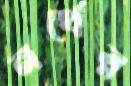
নর্থের